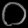
Digit: ၀